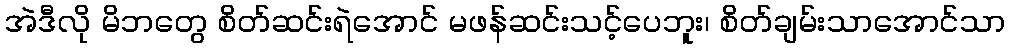
အဲဒီလို မိဘတွေ စိတ်ဆင်းရဲအောင် မဖန်ဆင်းသင့်ပေဘူး၊ စိတ်ချမ်းသာအောင်သာ